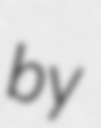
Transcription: by